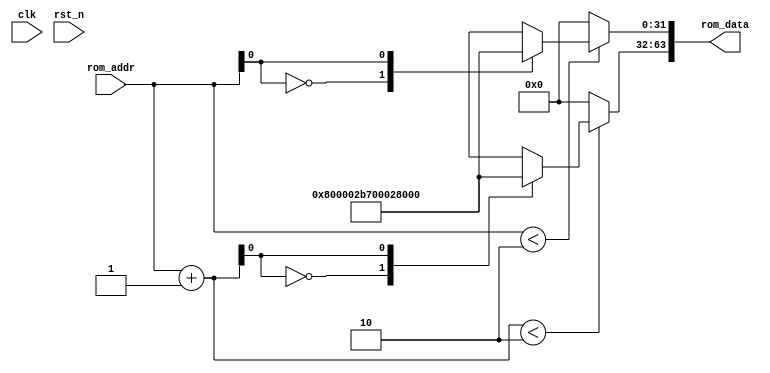
module uv_rom_logic
#(
    parameter ROM_AW = 10
)
(
    input                           clk,
    input                           rst_n,

    input  [ROM_AW-1:0]             rom_addr,
    output [63:0]                   rom_data
);

    localparam ROM_DP = 2;
    wire [31:0] rom_array [0:ROM_DP-1];
    wire [31:0] rom_data0;
    wire [31:0] rom_data1;
    wire [ROM_AW-1:0] rom_addr_add;

    assign rom_addr_add = rom_addr + 1'b1;
    assign rom_data0    = rom_addr < ROM_DP[ROM_AW-1:0] ? rom_array[rom_addr] : 32'h0;
    assign rom_data1    = rom_addr_add < ROM_DP[ROM_AW-1:0] ? rom_array[rom_addr_add] : 32'h0;
    assign rom_data     = {rom_data1, rom_data0};

    assign rom_array[0] = 32'h800002b7;
    assign rom_array[1] = 32'h00028067;

endmodule